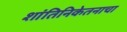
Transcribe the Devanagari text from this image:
शांतिनिकेतनाचा